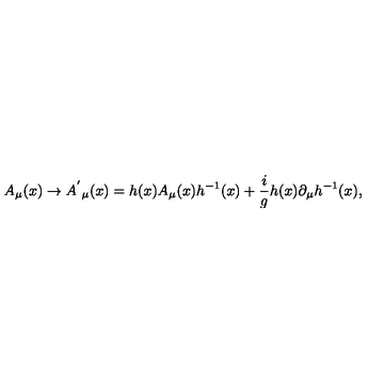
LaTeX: A _ { \mu } ( x ) \rightarrow { A ^ { ' } } _ { \mu } ( x ) = h ( x ) A _ { \mu } ( x ) h ^ { - 1 } ( x ) + \frac { i } { g } h ( x ) \partial _ { \mu } h ^ { - 1 } ( x ) ,